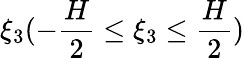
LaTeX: \xi_{3}(-\frac{H}{2}\leq\xi_{3}\leq\frac{H}{2})